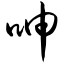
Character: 呻